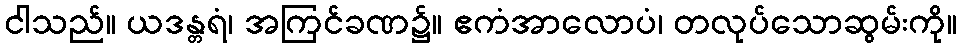
ငါသည်။ ယဒန္တရံ၊ အကြင်ခဏ၌။ ဧကံအာလောပံ၊ တလုပ်သောဆွမ်းကို။